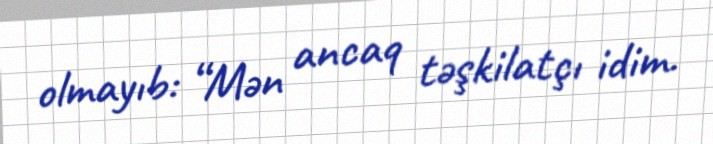
olmayıb: “Mən ancaq təşkilatçı idim.